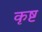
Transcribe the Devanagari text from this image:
कृष्ट